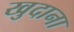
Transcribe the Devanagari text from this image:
खुदाना